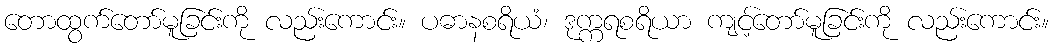
တောထွက်တော်မူခြင်းကို လည်းကောင်း။ ပဓာနစရိယံ၊ ဒုက္ကရစရိယာ ကျင့်တော်မူခြင်းကို လည်းကောင်း။